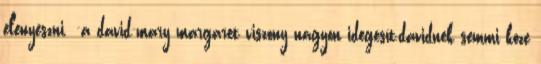
elenyészni. -a david-mary margaret viszony nagyon idegesít,davidnek semmi köze